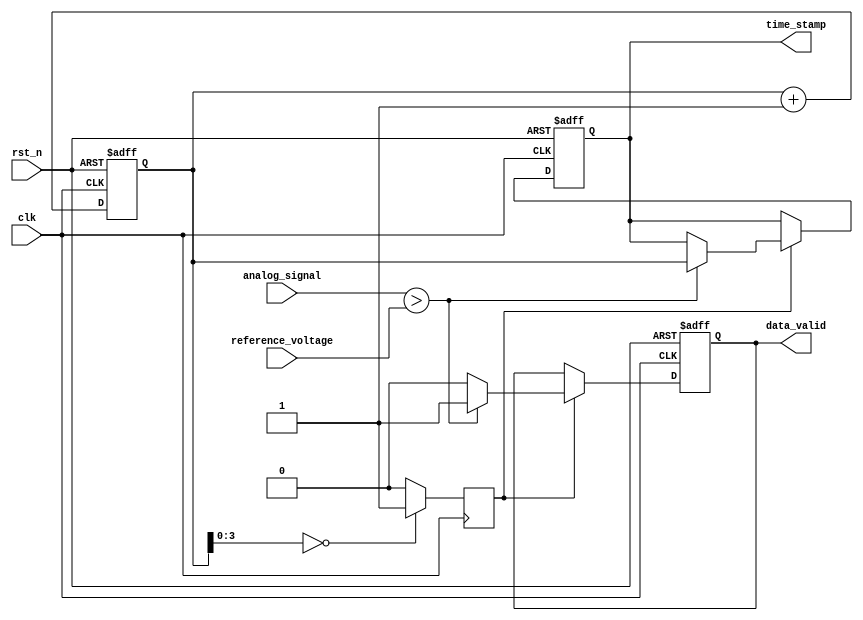
module analog_tdc (
    input wire clk,                // System clock
    input wire rst_n,              // Active low reset
    input wire analog_signal,       // Analog input signal (for simplicity represented as a digital signal)
    input wire reference_voltage,   // Reference voltage input for the comparator
    output reg [15:0] time_stamp,   // Time stamp output (16-bit resolution)
    output reg data_valid           // Data valid signal
);

// Internal signals
reg [15:0] counter;                // Digital counter
reg sample;                        // Sample and hold control signal
reg comparator_out;                // Comparator output

// Initialize the counter and output
always @(posedge clk or negedge rst_n) begin
    if (!rst_n) begin
        counter <= 16'b0;
        time_stamp <= 16'b0;
        data_valid <= 1'b0;
    end else begin
        // Increment the counter on each clock cycle
        counter <= counter + 1;

        // Sample the analog signal (conceptual)
        if (sample) begin
            // Compare the sampled signal with the reference voltage
            if (analog_signal > reference_voltage) begin
                comparator_out <= 1'b1; // Signal crossed the reference voltage
                time_stamp <= counter;   // Capture the time stamp
                data_valid <= 1'b1;      // Indicate data is valid
            end else begin
                comparator_out <= 1'b0; // Signal did not cross reference
                data_valid <= 1'b0;      // Indicate data is not valid
            end
        end
    end
end

// Control the sample-and-hold signal
// This is a basic example; in practice, this would be driven by a dedicated control logic
always @(posedge clk) begin
    // Activate sample-and-hold at specific intervals
    // Here we use a simple condition for demonstration
    if (counter[3:0] == 4'b0000) begin // Sample every 16 clock cycles
        sample <= 1'b1;
    end else begin
        sample <= 1'b0;
    end
end

endmodule